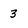
Character: 3